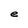
Character: e